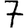
Digit: 7